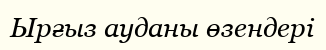
Ырғыз ауданы өзендері